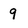
Character: 9